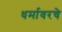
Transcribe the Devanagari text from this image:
धर्मावरचे